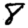
Digit: 8